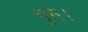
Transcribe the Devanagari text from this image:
वृत्त।